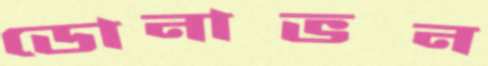
ডোনাভন